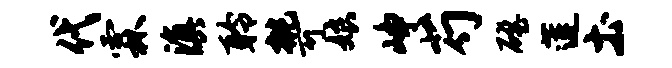
代霖滇聆挑可娘峥芍磴莲土